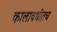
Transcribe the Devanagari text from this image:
कालावधीतच